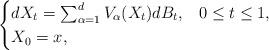
LaTeX: \begin{align*}\begin{cases}dX_{t}=\sum_{\alpha=1}^{d}V_{\alpha}(X_{t})dB_{t}, & 0\leq t\leq1,\\X_{0}=x,\end{cases}\end{align*}